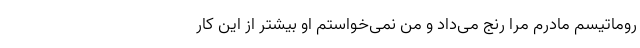
روماتیسم مادرم مرا رنج می‌داد و من نمی‌خواستم او بیشتر از این کار